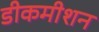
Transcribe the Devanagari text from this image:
डीकमीशन